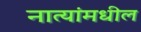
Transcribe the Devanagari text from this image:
नात्यांमधील